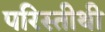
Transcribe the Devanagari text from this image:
परिस्तीथी